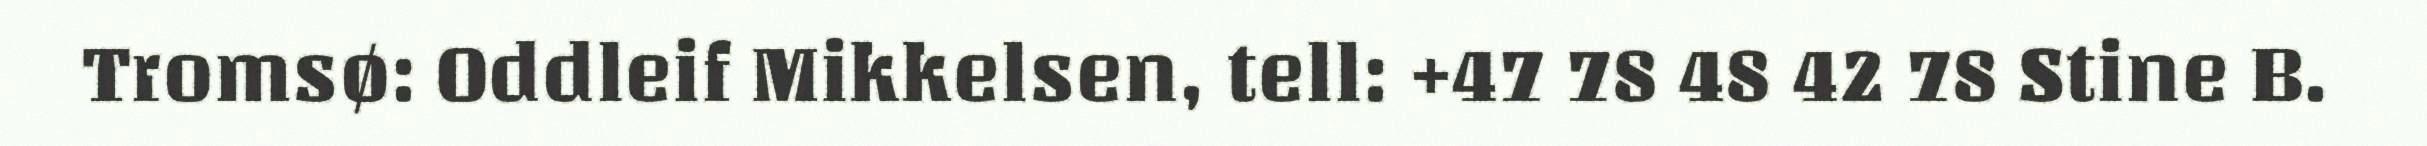
Tromsø: Oddleif Mikkelsen, tell: +47 78 48 42 78 Stine B.